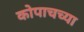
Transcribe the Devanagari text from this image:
कोपाचच्या